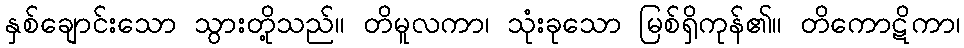
နှစ်ချောင်းသော သွားတို့သည်။ တိမူလကာ၊ သုံးခုသော မြစ်ရှိကုန်၏။ တိကောဋိကာ၊